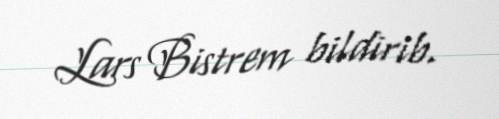
Lars Bistrem bildirib.